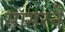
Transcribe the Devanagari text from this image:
सागरने